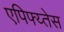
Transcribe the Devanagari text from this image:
एपिफ्य्तेस